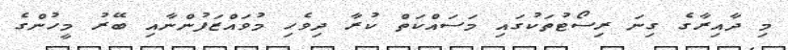
މި ދާއިރާގެ ގިނަ ރިސޯޓުތަކުގައި މަސައްކަތް ކުރާ ދިވެހި މުވައްޒަފުންނާއި ބޭރު މީހުންގެ